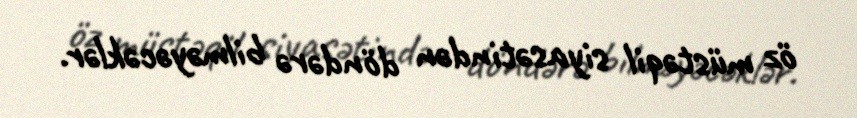
öz müstəqil siyasətindən döndərə bilməyəcəklər.